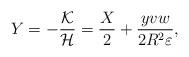
LaTeX: \begin{align*}Y=-\frac{\cal K}{\cal H}=\frac{X}{2}+\frac{yvw}{2R^2\varepsilon},\end{align*}